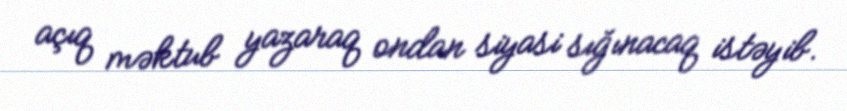
açıq məktub yazaraq ondan siyasi sığınacaq istəyib.